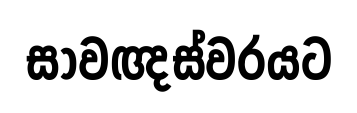
සාවඥස්වරයට